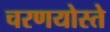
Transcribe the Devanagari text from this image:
चरणयोस्ते